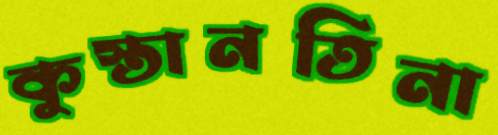
কুস্তানতিনা